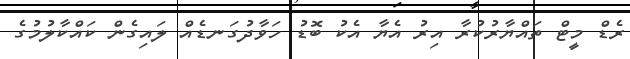
ރެޑް މީޓް ތައްޔާރުކުރާ އިރު އެޔާ އެކު ބޮޑު ހަވާދުގަނޑެއް ލައިގެން ކައްކާލުމުގެ